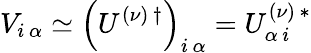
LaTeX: V_{i\, \alpha}\simeq\left(U^{(\nu)\, \dagger}\right)_{i\, \alpha}=U_{\alpha\, i}^{(\nu)\, *}